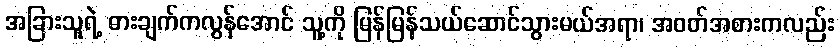
အခြားသူရဲ့ ဓားချက်ကလွန်အောင် သူ့ကို မြန်မြန်သယ်ဆောင်သွားမယ်အရာ၊ အဝတ်အစားကလည်း